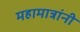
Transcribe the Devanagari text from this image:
महामात्रांनी